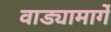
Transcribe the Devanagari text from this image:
वाड्यामार्गे